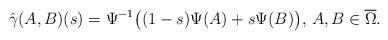
LaTeX: \begin{align*}\hat \gamma(A,B)(s) = \Psi^{-1}\big((1-s)\Psi(A)+s\Psi(B)\big),\,A,B\in \overline\Omega.\end{align*}